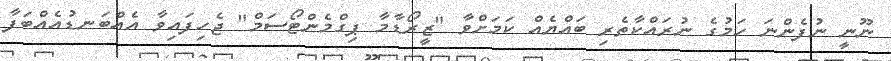
ނޫނީ ނުފެންނަ ހަމުގެ ނުރައްކާތެރި ބައްޔެއް ކަމަށްވާ "ޒީރޯޑާމާ ޕިގްމެންޓޯސަމް" ޖެހިފައިވާ އެއްބަނޑުއެއްބަފާ